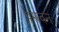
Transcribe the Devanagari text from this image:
प्रस्रवन